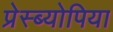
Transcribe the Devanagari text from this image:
प्रेस्ब्योपिया